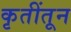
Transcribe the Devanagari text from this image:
कृतींतून